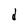
Character: d